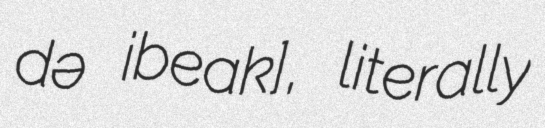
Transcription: də ʁibeʁak], literally